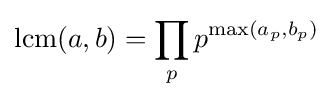
\operatorname {lcm} (a,b)=\prod _{p}p^{\max(a_{p},b_{p})}